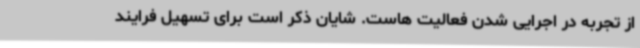
از تجربه در اجرایی شدن فعالیت هاست. شایان ذکر است برای تسهیل فرایند